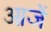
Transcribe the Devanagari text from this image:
आजें